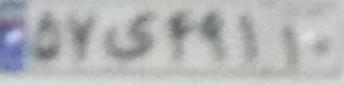
۵۷ی۴۹۱۱۰